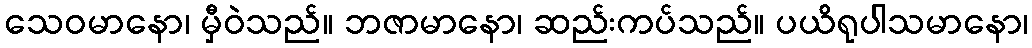
သေဝမာနော၊ မှီဝဲသည်။ ဘဇာမာနော၊ ဆည်းကပ်သည်။ ပယိရုပါသမာနော၊